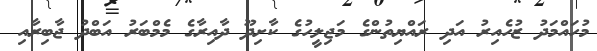
މުހައްމަދު ޒުހެއިރު އަދި ރައްޔިތުންގެ މަޖިލީހުގެ ކާށިދޫ ދާއިރާގެ މެމްބަރު އަބްދު ޖާބިރާއި